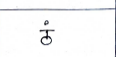
मजकूर: ठं